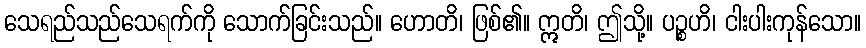
သေရည်သည်သေရက်ကို သောက်ခြင်းသည်။ ဟောတိ၊ ဖြစ်၏။ ဣတိ၊ ဤသို့။ ပဉ္စဟိ၊ ငါးပါးကုန်သော။